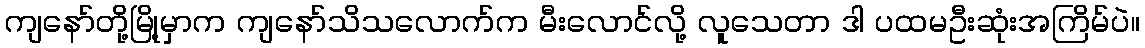
ကျနော်တို့မြို့မှာက ကျနော်သိသလောက်က မီးလောင်လို့ လူသေတာ ဒါ ပထမဦးဆုံးအကြိမ်ပဲ။